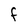
Character: f